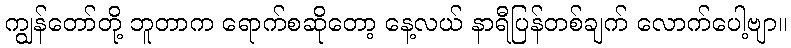
ကျွန်တော်တို့ ဘူတာက ရောက်စဆိုတော့ နေ့လယ် နာရီပြန်တစ်ချက် လောက်ပေါ့ဗျာ။